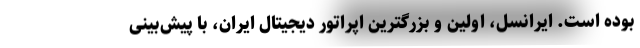
بوده است. ایرانسل، اولین و بزرگترین اپراتور دیجیتال ایران، با پیش‌بینی